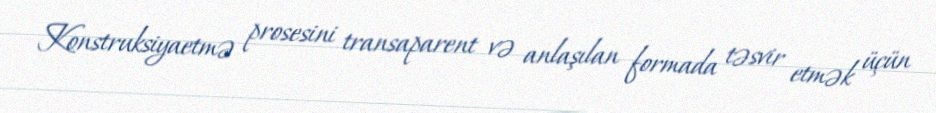
Konstruksiyaetmə prosesini transaparent və anlaşılan formada təsvir etmək üçün